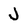
Character: J